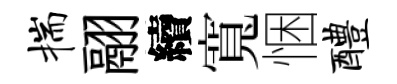
揣翮續寬悃醴